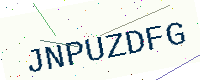
Text: JNPUZDFG